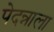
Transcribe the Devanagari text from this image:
पेदन्नाला